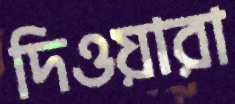
দিওয়ারা